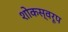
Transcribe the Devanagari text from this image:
शोकस्वरूप